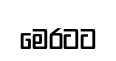
මෙරටට